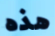
هذه